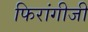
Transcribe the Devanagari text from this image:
फिरांगीजी